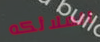
الملائكه